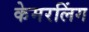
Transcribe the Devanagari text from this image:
केमरलिंग